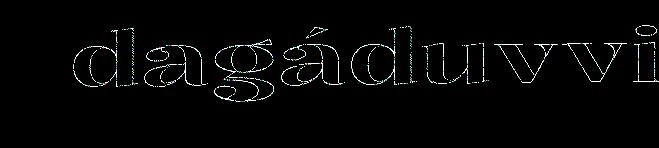
dagáduvvi